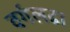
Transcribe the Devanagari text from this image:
वर्गलढा